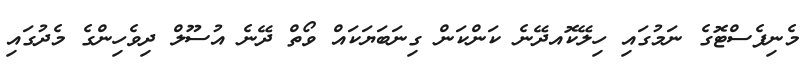
މެނިފެސްޓޮގެ ނަމުގައި ހިލޭކޮއދޭނެ ކަންކަން ގިނަބަޔަކައް ވޯތް ދޭނެ އުސޫލް ދިވެހިންގެ މެދުގައި